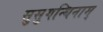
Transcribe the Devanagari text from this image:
सुसुगन्धिनाम्